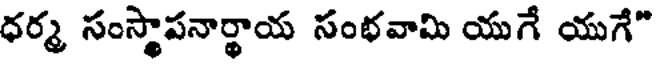
ధర్మ సంస్థాపనార్థాయ సంభవామి యుగే యుగే"